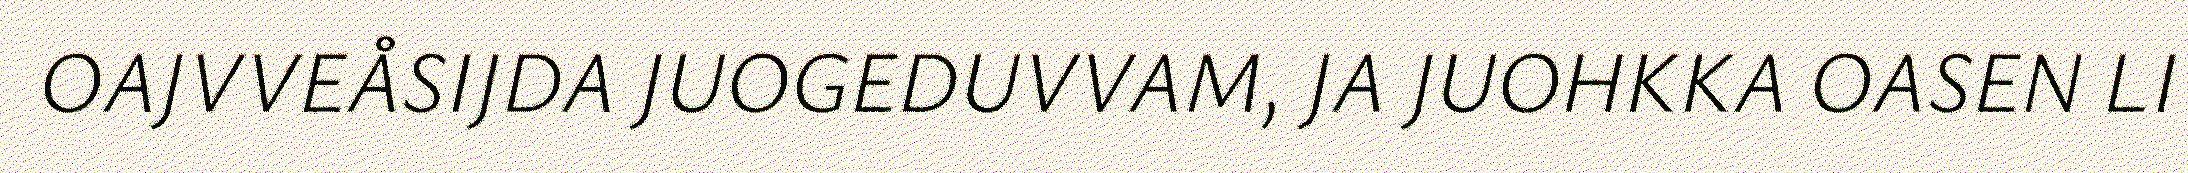
OAJVVEÅSIJDA JUOGEDUVVAM, JA JUOHKKA OASEN LI